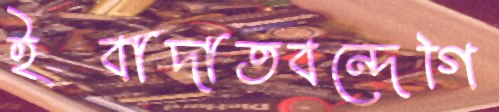
ইবাদাতবন্দেগি